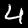
Label: 4